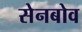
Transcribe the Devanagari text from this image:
सेनबोव